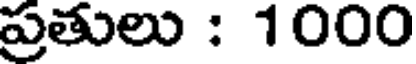
ప్రతులు : 1000